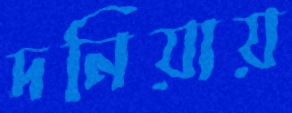
দনিয়ায়